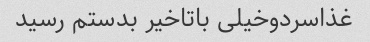
غذاسردوخیلی باتاخیر بدستم رسید